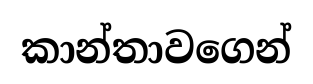
කාන්තාවගෙන්